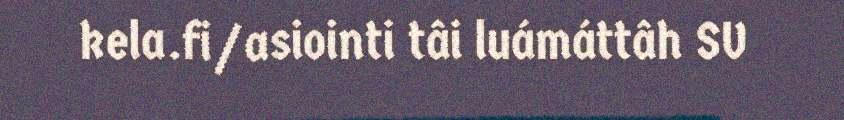
kela.fi/asiointi tâi luámáttâh SV